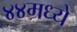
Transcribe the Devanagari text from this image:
४४मध्ये